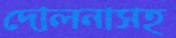
দোলনাসহ